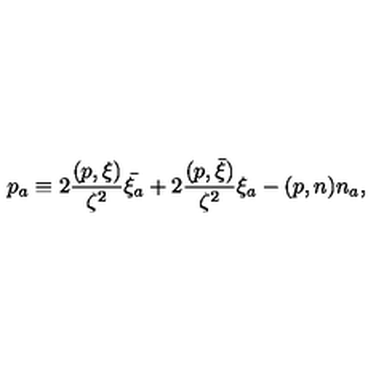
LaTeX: p _ { a } \equiv 2 \frac { ( p , \xi ) } { \zeta ^ { 2 } } \bar { \xi _ { a } } + 2 \frac { ( p , \bar { \xi } ) } { \zeta ^ { 2 } } \xi _ { a } - ( p , n ) n _ { a } ,